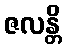
ဇလန္တိ